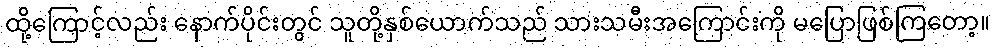
ထို့ကြောင့်လည်း နောက်ပိုင်းတွင် သူတို့နှစ်ယောက်သည် သားသမီးအကြောင်းကို မပြောဖြစ်ကြတော့။